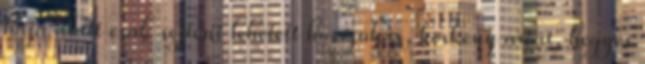
haja alatt csak sejteni lehetett hosszúkás, keskeny arcát, hegyes